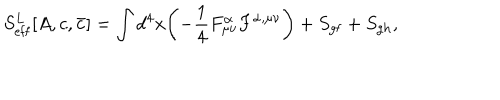
LaTeX: S _ { \mathrm { e f f } } ^ { L } [ A , c , { \bar { c } } ] = \int d ^ { 4 } x \biggl ( - { \frac { 1 } { 4 } } F _ { \mu \nu } ^ { \alpha } F ^ { \alpha , \mu \nu } \biggr ) + S _ { \mathrm { g f } } + S _ { \mathrm { g h } } ,